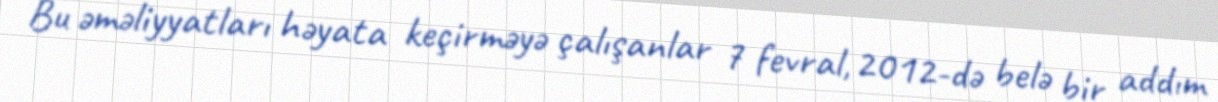
Bu əməliyyatları həyata keçirməyə çalışanlar 7 fevral, 2012-də belə bir addım